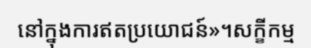
នៅក្នុងការឥតប្រយោជន៍»។សក្ខីកម្ម